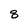
Character: 8